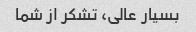
بسیار عالی، تشکر از شما